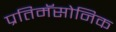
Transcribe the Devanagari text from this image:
प्रतिमॅसोनिक